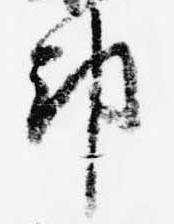
都